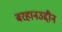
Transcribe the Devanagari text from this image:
बरहानउद्दीन